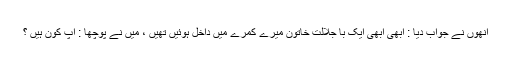
انھوں نے جواب دیا : ابھی ابھی ایک با جلالت خاتون میرے کمرے میں داخل ہوئیں تھیں ، میں نے پوچھا : آپ کون ہیں ؟